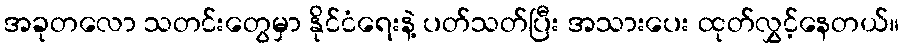
အခုတလော သတင်းတွေမှာ နိုင်ငံရေးနဲ့ ပတ်သတ်ပြီး အသားပေး ထုတ်လွှင့်နေတယ်။